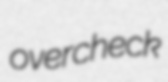
overcheck